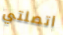
اتصلتي